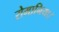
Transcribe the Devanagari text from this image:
रोमानिया।